Madras plague regulations in force outside the Presidency town - Volume 3
Disease focus: Plague
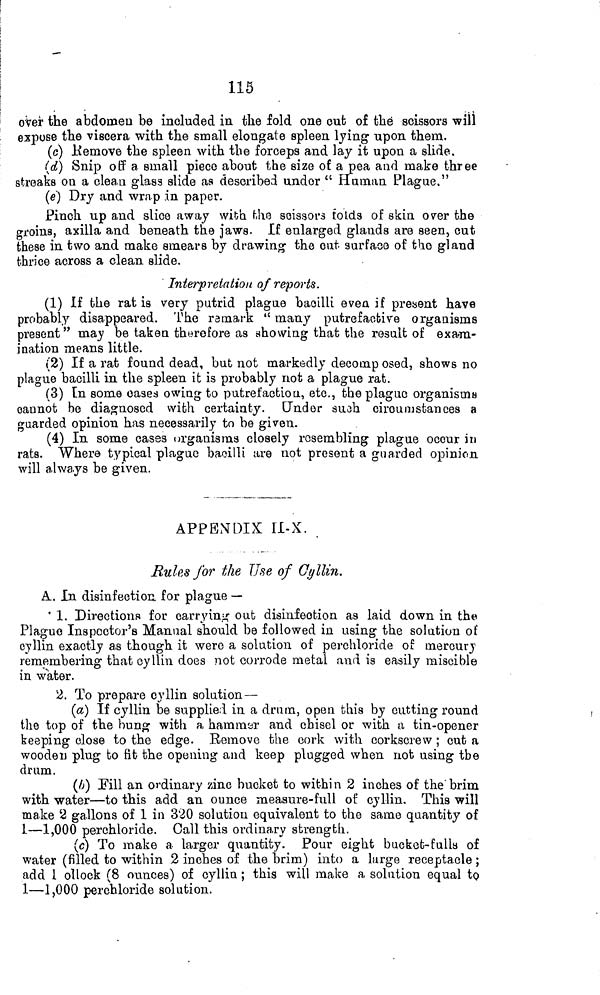
115
over the abdomen be included in the fold one out of thé scissors will
expose the viscera with the small elongate spleen lying upon them.
(c) .Remove the spleen with the forceps and lay it upon a slide.
(d) Snip off a small piece about the size of a pea and make three
streaks on a clean glass slide aa described under " Human Plague."
(e) Dry and wrap in paper.
Pinch up and slice away with the scissors folds of skin over the
groins, axilla and beneath the jaws. If enlarged glands are seen, cut
these in two and make smears by drawing the out surface of the gland
thrice across a clean slide.
Interpretation of reports.
(1) If the rat is very putrid plague bacilli even if present have
probably disappeared. The remark " many putrefactive organisms
present" may be taken therefore as showing that the result of exam-
ination means little.
(2) If a rat found dead, but not markedly decomposed, shows no
plague bacilli in the spleen it is probably not a plague rat.
(3) In some oases owing to putrefaction, etc., the plague organisms
cannot he diagnosed with certainty. Under such circumstances a
guarded opinion has necessarily to be given.
(4) In some cases organisms closely resembling plague occur in
rats. Where typical plague bacilli are not present a guarded opinion
will always be given.
APPENDIX 1I-X.
Rules for the Use of cyllin.
A. In disinfection for plague —
' 1. Directions for carrying out disinfection as laid down in the
Plague Inspector's Manual should be followed in using the solution of
cyllin exactly as though it were a solution of perchloride of mercury
remembering that cy Hin does not corrode metal and is easily miscible
in water.
2. To prepare cyllin solution—
(a) If cyllin be supplied in a drum, open this by cutting round
the top of the bung with a hammer and chisel or with a tin-opener
keeping close to the edge. Remove the cork with corkscrew ; cut a
wooden plug to fit the opening and keep plugged when riot using the
drum.
(A) Fill an ordinary zinc bucket to within 2 inches of the'brim
with water—to this add an ounce measure-full of cyllin. This will
make 2 gallons of 1 in 320 solution equivalent to the same quantity of
1—1,000 perchloride. Call this ordinary strength.
(c) To make a larger quantity. Pour eight bucket-fulls of
water (filled to within 2 inches of the brim) into a large receptacle ;
add 1 ollock (8 ounces) of cyllin ; this will make a solution equal to
1—1,000 perchloride solution.